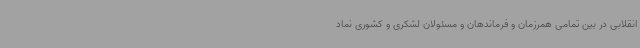
انقلابی در بین تمامی همرزمان و فرماندهان و مسئولان لشکری و کشوری نماد